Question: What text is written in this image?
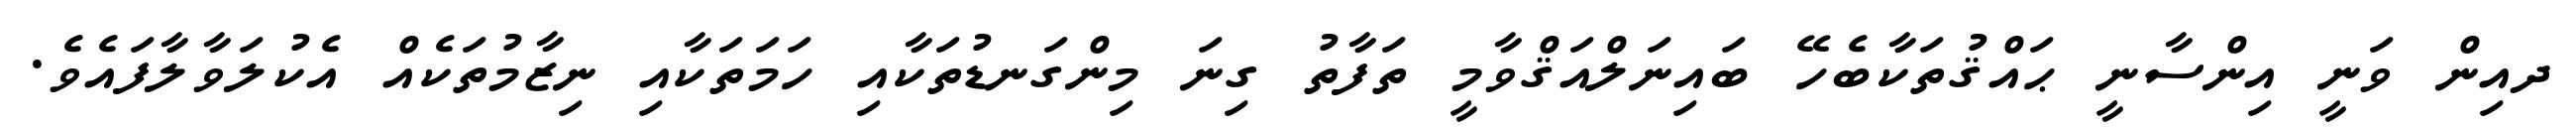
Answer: ދއިން ވަނީ އިންސާނީ ޙައްޤުތަކާބެހޭ ބައިނަލްއަޤްވާމީ ތަފާތު ގިނަ މިންގަނޑުތަކާއި ހަމަތަކާއި ނިޒާމުތަކެއް އެކުލަވާލާފައެވެ.